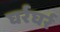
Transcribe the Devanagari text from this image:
घर्रघर्र